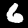
Digit: 6